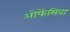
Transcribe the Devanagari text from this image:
ओफेंसिवा